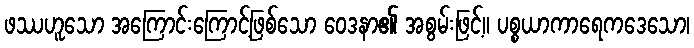
ဖဿဟူသော အကြောင်းကြောင့်ဖြစ်သော ဝေဒနာ၏ အစွမ်းဖြင့်။ ပစ္စယာကာရေကဒေသော၊